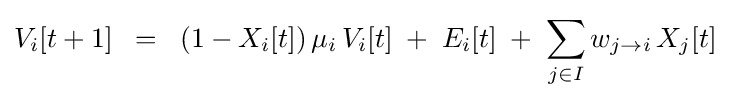
V_{i}[t+1]\;\;=\;\;(1-X_{i}[t])\,\mu _{i}\,V_{i}[t]\;+\;E_{i}[t]\;+\;\sum _{j\in I}w_{j\to i}\,X_{j}[t]